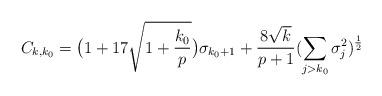
LaTeX: \begin{align*}&C_{k,k_0} = \big(1+17\sqrt{1+\frac{k_0}{p}}\big) \sigma_{k_0+1} + \frac{8\sqrt{k}}{p+1} (\sum\limits_{j > k_0} \sigma_j^2)^{\frac{1}{2}}\end{align*}